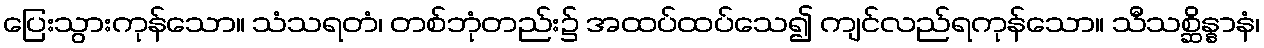
ပြေးသွားကုန်သော။ သံသရတံ၊ တစ်ဘုံတည်း၌ အထပ်ထပ်သေ၍ ကျင်လည်ရကုန်သော။ သီသစ္ဆိန္နာနံ၊